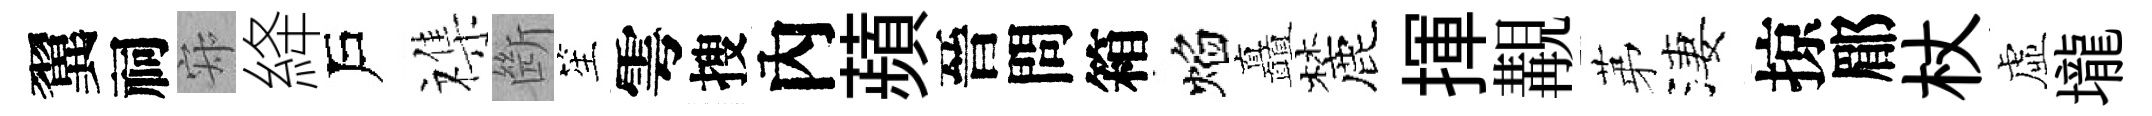
翼祠寂絳戶襍㫁笙雩搜內蘋晉問箱焰矗麓揮覯苐淒掠郿杖虛壠